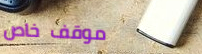
موقف خاص